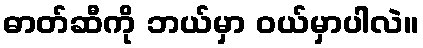
ဓာတ်ဆီကို ဘယ်မှာ ဝယ်မှာပါလဲ။